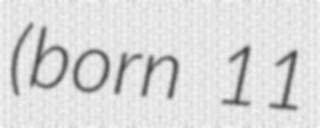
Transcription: (born 11